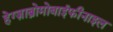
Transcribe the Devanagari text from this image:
हेग्ज़ाब्रोमोबाईफीनाइल